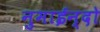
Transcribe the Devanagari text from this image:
नुमाईन्दो